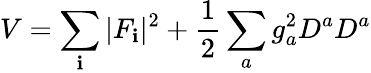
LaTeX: V=\sum_{\mathbf{i}}|F_{\mathbf{i}}|^{2}+\frac{1}{2}\sum_{a}g_{a}^{2}D^{a}D^{a}